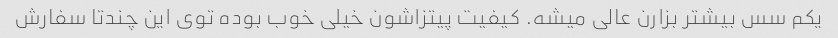
یکم سس بیشتر بزارن عالی میشه. کیفیت پیتزاشون خیلی خوب بوده توی این چندتا سفارش